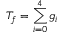
T _ { f } = \sum _ { i = 0 } ^ { 4 } g _ { i }